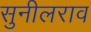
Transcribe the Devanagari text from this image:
सुनीलराव